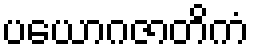
ပယောဂဇာတိကံ